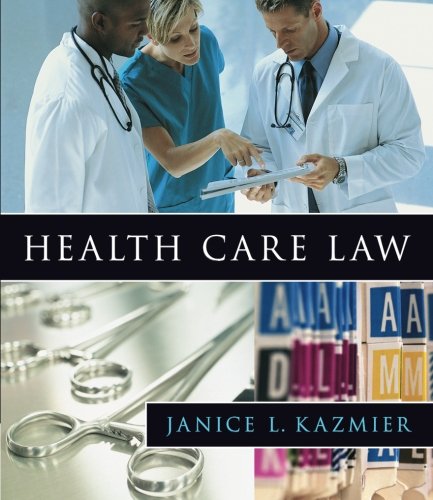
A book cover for Health Care Law; Janice L. Kazmier; Law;